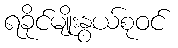
ရခိုင်မျိုးနွယ်စုဝင်